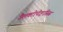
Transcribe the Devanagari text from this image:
गैलक्टोपोइएसिस